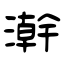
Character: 澣